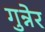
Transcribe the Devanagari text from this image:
गुन्नेर